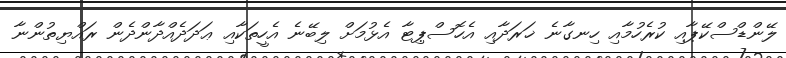
ލޭންޑްސްކޭޕާއި ކުރެހުމާއި ހިނގާނެ ޚަރަދާއި އެހޮސްޕިޓާ އެޅުމަށް ލިބޭނެ އެހީތަކާއި ޢަދަދެއްދާންދެން ރައްޔިތުންނާ